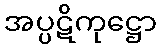
အပ္ပဋိကုဋ္ဌော